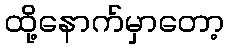
ထို့နောက်မှာတော့